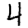
Digit: 4